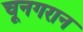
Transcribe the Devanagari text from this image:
चूनगरान